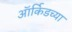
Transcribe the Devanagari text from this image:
ऑर्किडच्या